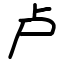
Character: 卢